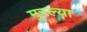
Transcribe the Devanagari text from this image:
मुरल्या